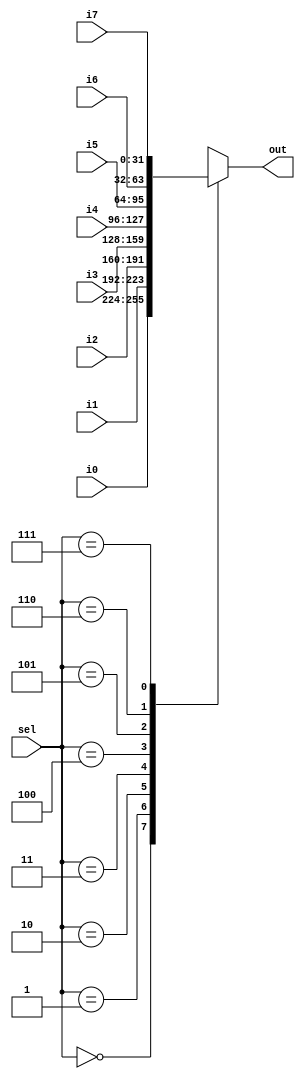
module mux32eight(/*AUTOARG*/
   // Outputs
   out,
   // Inputs
   i0, i1, i2, i3, i4, i5, i6, i7, sel
   );
   input [31:0] i0, i1, i2, i3, i4, i5, i6, i7;
   input [2:0]	sel;
   output reg [31:0]	 out;

   /*AUTOWIRE*/
   /*AUTOREG*/

   always @ (i0 or i1 or i2 or i3 or i4 or i5 or i6 or i7 or sel)
     begin
	case(sel)
	  0: out = i0;
	  1: out = i1;
	  2: out = i2;
	  3: out = i3;
	  4: out = i4;
	  5: out = i5;
	  6: out = i6;
	  7: out = i7;
	  default: out = 32'bz;
	endcase // case (sel)
     end
   
   
endmodule